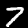
Digit: 7